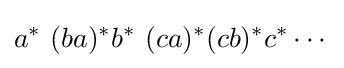
a^{*}\ (ba)^{*}b^{*}\ (ca)^{*}(cb)^{*}c^{*}\cdots